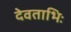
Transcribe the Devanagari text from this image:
देवताभिः